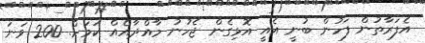
އެފަރާތުން ފަހުން ބުނީ އެއީ އޮޅިގެން ޖެހުނު މާއްދާއެއް ކަމަށް. 200 ވަނަ